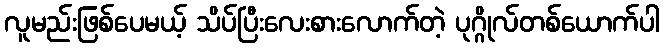
လူမည်းဖြစ်ပေမယ့် သိပ်ပြီးလေးစားလောက်တဲ့ ပုဂ္ဂိုလ်တစ်ယောက်ပါ